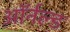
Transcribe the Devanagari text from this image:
ऑर्नल्ड